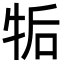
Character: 㸸